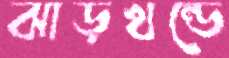
ঝাড়খন্ডে